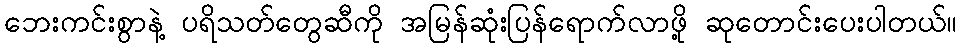
ဘေးကင်းစွာနဲ့ ပရိသတ်တွေဆီကို အမြန်ဆုံးပြန်ရောက်လာဖို့ ဆုတောင်းပေးပါတယ်။